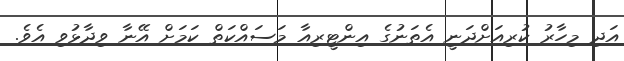
އަދި މިހާރު ކުރިއަށްދަނީ އެތަނުގެ އިންޓީރިއާ މަސައްކަތް ކަމަށް އޭނާ ވިދާޅުވި އެވެ.